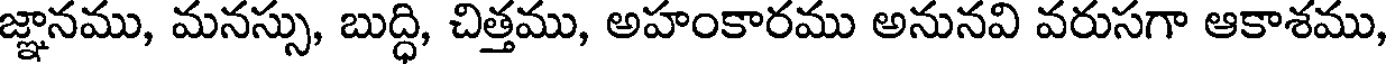
జ్ఞానము, మనస్సు, బుద్ధి, చిత్తము, అహంకారము అనునవి వరుసగా ఆకాశము,